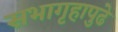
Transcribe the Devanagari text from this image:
सभागृहापुढे